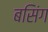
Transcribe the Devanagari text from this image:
बसिंग